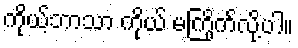
ကိုယ့်ဘာသာ ကိုယ် မကြိုက်လို့ပါ။